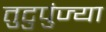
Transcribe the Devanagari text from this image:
तुटुपुंज्या